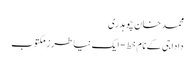
محمد خان چوہدری
دادا جی کے نام خط- ایک نیا طرزِ مکتوب